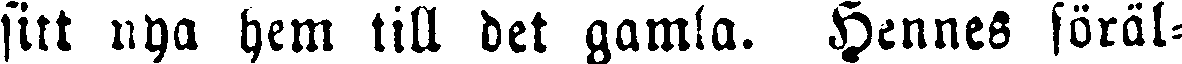
sitt nya hem till det gamla. Hennes föräl-